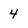
Character: 4